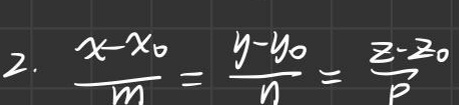
2. \(\frac{x - x_0}{m} = \frac{y - y_0}{n} = \frac{z - z_0}{p}\)